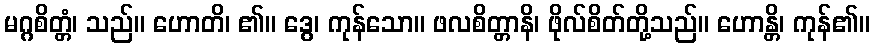
မဂ္ဂစိတ္တံ၊ သည်။ ဟောတိ၊ ၏။ ဒွေ၊ ကုန်သော။ ဖလစိတ္တာနိ၊ ဖိုလ်စိတ်တို့သည်။ ဟောန္တိ၊ ကုန်၏။